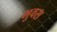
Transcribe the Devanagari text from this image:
भुवस